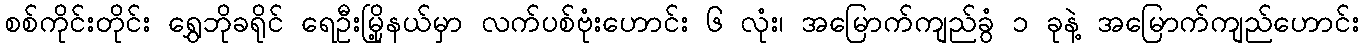
စစ်ကိုင်းတိုင်း ရွှေဘိုခရိုင် ရေဦးမြို့နယ်မှာ လက်ပစ်ဗုံးဟောင်း ၆ လုံး၊ အမြောက်ကျည်ခွံ ၁ ခုနဲ့ အမြောက်ကျည်ဟောင်း